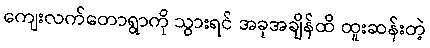
ကျေးလက်တောရွာကို သွားရင် အခုအချိန်ထိ ထူးဆန်းတဲ့